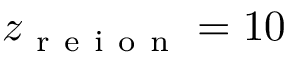
z _ { \mathrm { ~ r ~ e ~ i ~ o ~ n ~ } } = 1 0